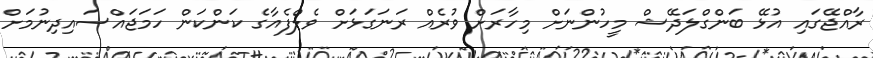
ރާއްޖޭގައި އުޅޭ ބަންގްލަދޭޝް މީހުންނަށް މިހާރަށް ވުރެއް ރަނަގަޅަށް ވެލްފެއާގެ ކަންކަން ހަމަޖައްސައިދިނުމަށް